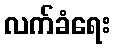
လက်ခံရေး